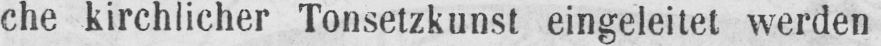
che kirchlicher Tonsetzkunst eingeleitet werden